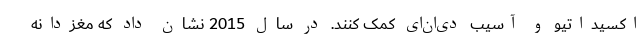
اکسیداتیو و آسیب دی‌ان‌ای کمک کنند. در سال 2015 نشان داد که مغزدانه